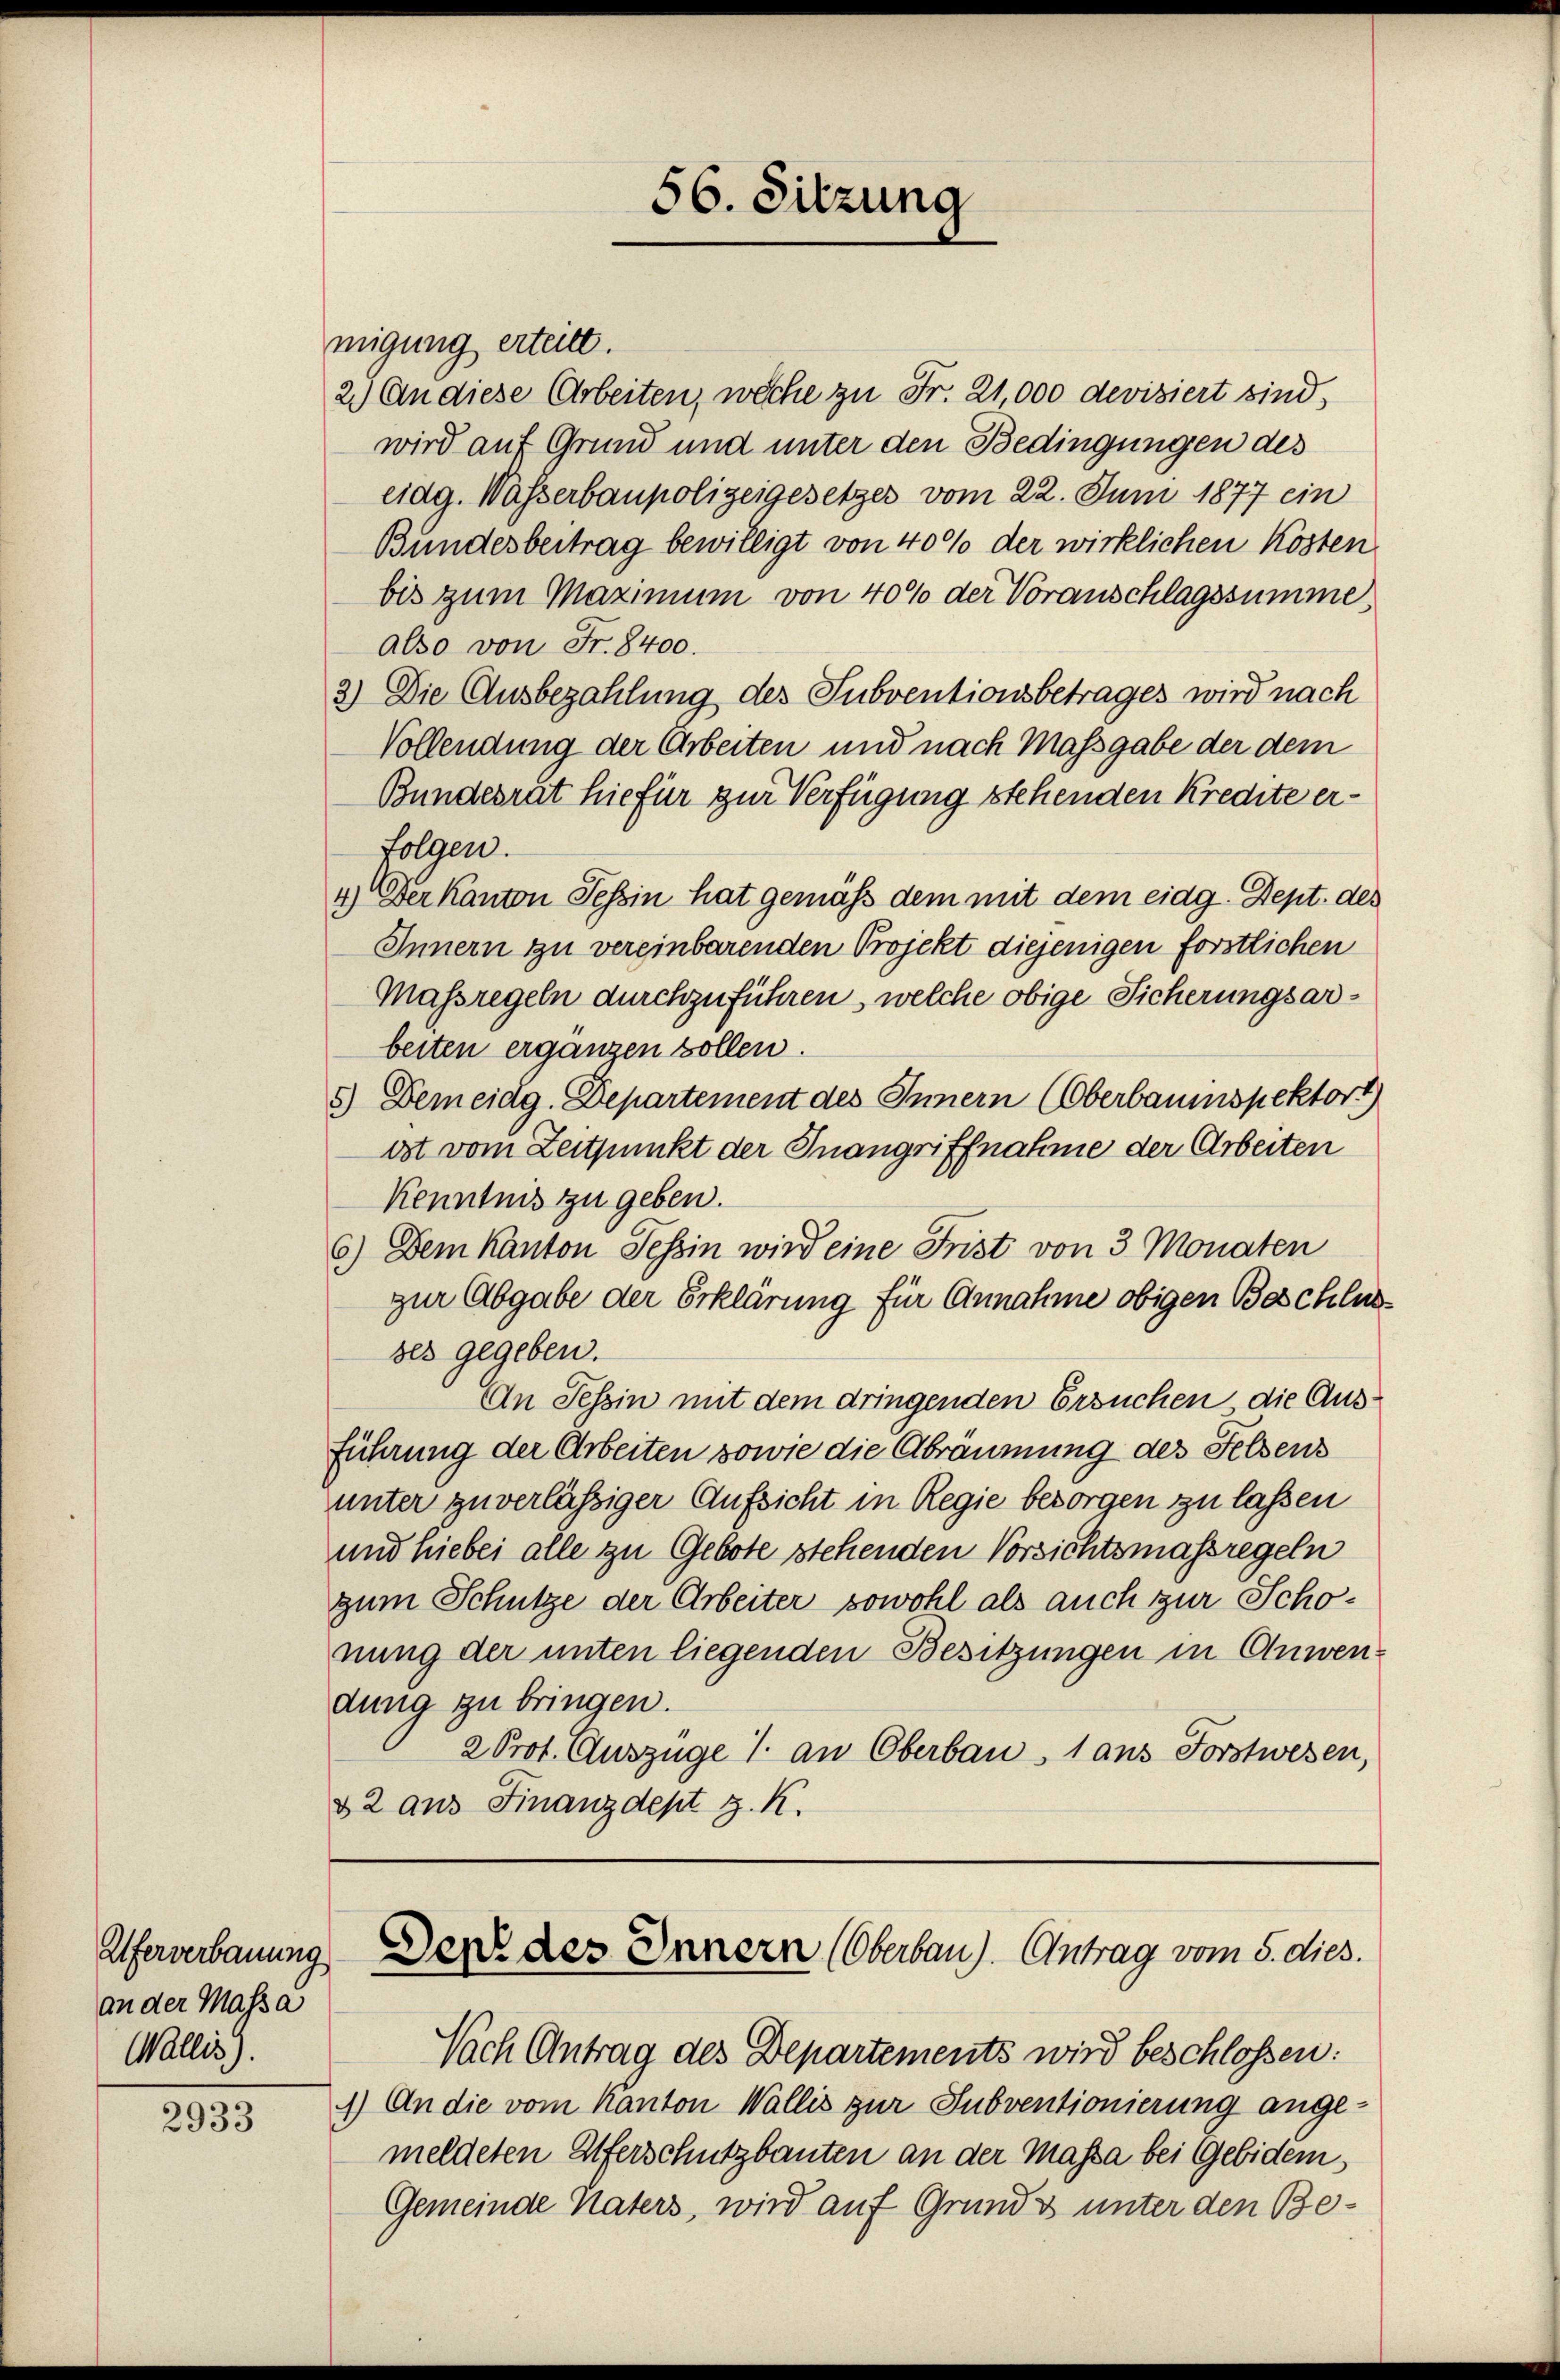
Uferverbauung
an der Massa
Wallis.

2933

migung erteilt.
2.) An diese Arbeiten, weche zu Fr. 21,000 devisiert sind,
wird auf Grund und unter den Bedingungen des
eidg. Wasserbaupolizeigesetzes vom 22. Juni 1877 ein
Bundesbertrag bewilligt von 400 der wirklichen Kosten
bis zum Maximum von 40% der Voranschlagssumme
also von Fr. 8400.
2) Die Ausbezahlung des Subventionsbetrages wird nach
Vollendung der Arbeiten und nach Massgabe der dem
Bundesrat hiefür zur Verfügung stehenden Kredite erfolgen.
4.) Der Kanton Tessin hat gemäß dem mit dem eidg. Sept. des
Innern zu vereinbarenden Projekt diejenigen förstlichen
Massregeln durchzuführen, welche obige Sicherungsarbeiten erganzen sollen.
5) Dem eidg. Departement des Innern (Oberbauinspektort)
ost vom Zeitpunkt der Inangriffnahme der Arbeiten
Kenntnis zu geben.
6) Dem Kanton Tessin wird eine Frist von 3 Monaten
zur Abgabe der Erklärung für Annahme obigen Beschlusbes gegeben.
An Tessin mit dem dringenden Ersuchen die Ausführung der Arbeiten sowie die Abräumung des Felsens
unter zuverlässiger Aufsicht in Regie besorgen zu lassen
und hiebei alle zu Gebote stehenden Vorsichtsmassregeln
zum Schütze der Arbeiter sowohl als auch zur Schonung der unten liegenden Besitzungen in Anwendung zu bringen.
2 Prot. Auszüge 1. an Oberbau 1 aus Forstwesen,
& 2 aus Finanzdept z. K.

56. Sitzung

Den des Innern (Oberbau). Antrag vom 5. dies.

Nach Antrag des Departements wird beschlossen:
4.) An die vom Kanton Wallis zur Subventionierung ange-
meldeten Eiferschutzbauten an der Massa bei Gebidem,
Gemeinde Vaters, wird auf Grunds unter den Be¬